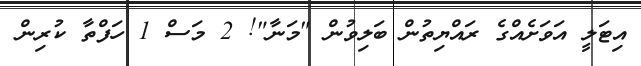
އިޓަލީ އަވަށެއްގެ ރައްޔިތުން ބަލިވުން "މަނާ"! 2 މަސް 1 ހަފްތާ ކުރިން